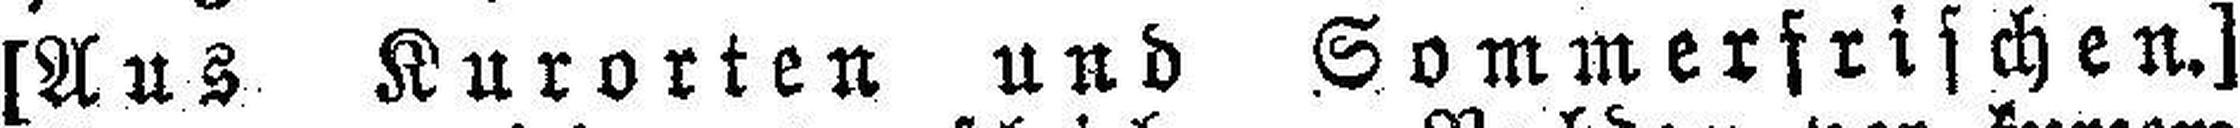
[Aus Kurorten und Sommerfrischen.]